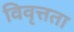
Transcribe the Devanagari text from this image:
विवृत्तता